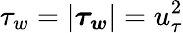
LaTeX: \tau_{w}=|{\boldsymbol{\tau_{w}}}|=u_{\tau}^{2}